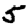
Digit: 5